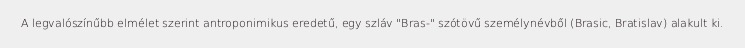
A legvalószínűbb elmélet szerint antroponimikus eredetű, egy szláv "Bras-" szótövű személynévből (Brasic, Bratislav) alakult ki.